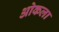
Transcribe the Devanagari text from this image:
ओकला